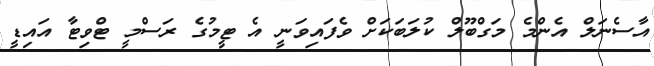
އާސެނަލް އެންމެ މަގްބޫލް ކުލަބަކަށް ވެފައިވަނީ އެ ޓީމުގެ ރަސްމީ ޓްވިޓާ އައިޑީ